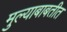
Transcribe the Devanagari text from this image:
मुल्याबाबतीत